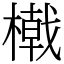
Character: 橶